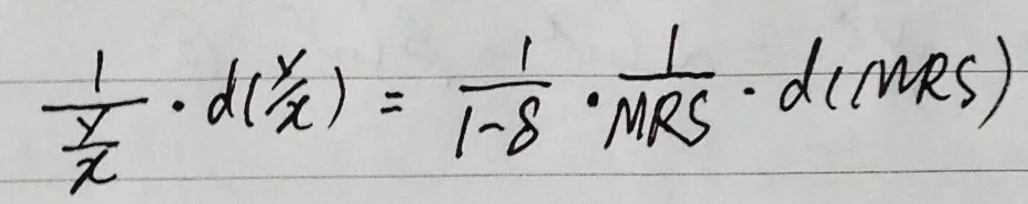
\[
\frac{1}{\frac{y}{x}} \cdot d(\frac{y}{x}) = \frac{1}{1 - \delta} \cdot \frac{1}{MRS} \cdot d(MRS)
\]